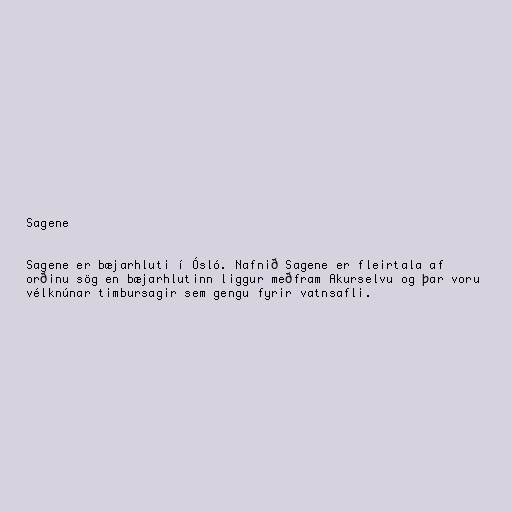
Sagene

Sagene er bæjarhluti í Ósló. Nafnið Sagene er fleirtala af
orðinu sög en bæjarhlutinn liggur meðfram Akurselvu og þar voru
vélknúnar timbursagir sem gengu fyrir vatnsafli.